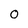
Character: O